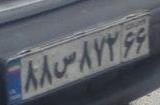
۸۸س۸۷۲۶۶